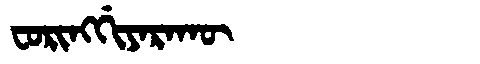
Manchu: ᠸᠣᡵᡳᠩᡤᡳᠶᠠᡵᠠᡴᡡ
Romanization: FORINGGIYARAKŪ